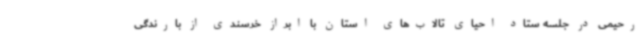
رحیمی در جلسه ستاد احیای تالاب‌های استان با ابراز خرسندی از بارندگی